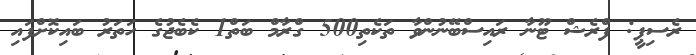
ރެސިޕީ: ފްރެޝް ޓޫނާ ރައިސްބޭނުންވާ ތަކެތި500 ގްރާމް ބަތް1 ކެބެޖުގެ ހަތަރު ބައިކޮށްފައި